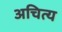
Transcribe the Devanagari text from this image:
अचित्य